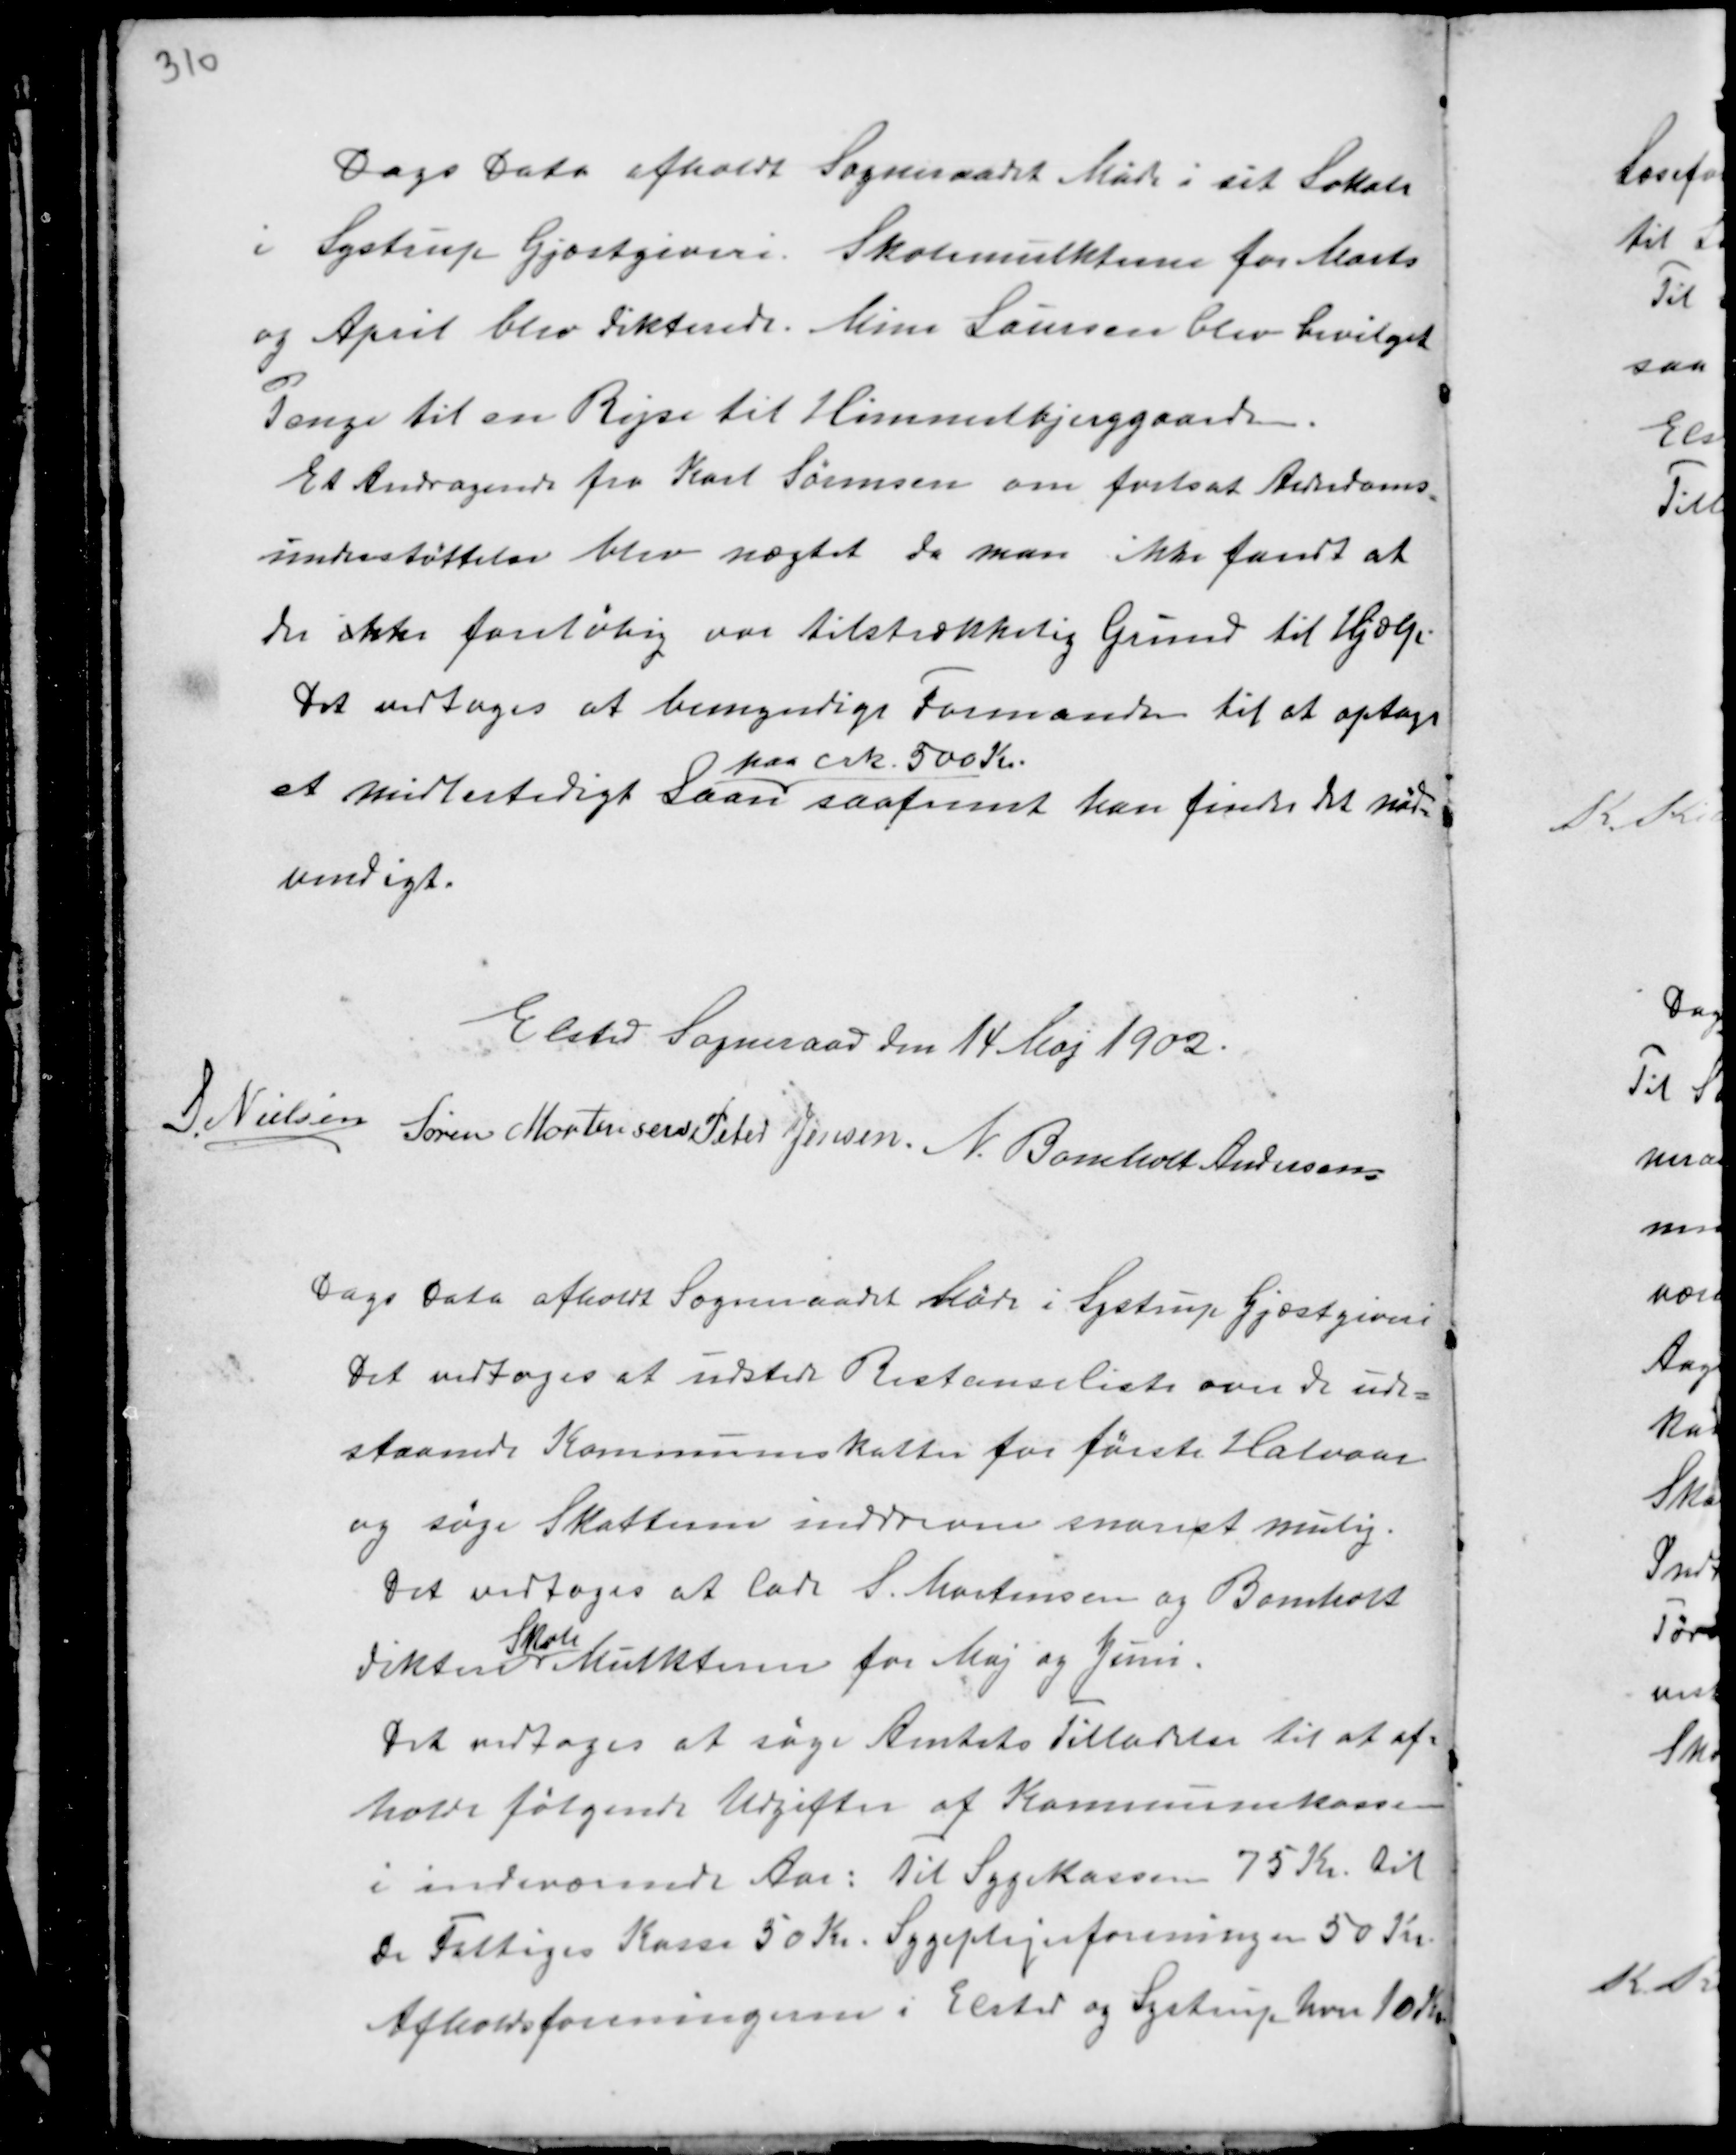
Transskription:
Dags Dato afholdt Sogneraadet Møde i sit Lokale
i Lystrup Gjæstgiveri. Skolemulkterne for Marts
og April blev dikterede. Mine Laursen blev bevilget
Penge til en Rejse til Himmelbjerggaarden.
Et Andragende fra Karl Sørensen om fortsat Alderdoms-
understøttelse blev nægtet da man ikke fandt at
der ikke foreløbig var tilstrækkelig Grund til Hjælp.
Det vedtoges at bemyndige Formanden til at optage
et midlertidig Laan
paa crk. 500 Kr.
saafremt han finder det nød-
vendigt.

Elsted Sogneraad den 14 Maj 1902.
S. Nielsen
Søren Mortensen Peter Jensen N. Bomholt Andersen

Dags Dato afholdt Sogneraadet Møde i Lystrup Gjæstgiveri
Det vedtoges at udstede Restanceliste over de ude-
staaende Kommuneskatter for første Halvaar
og søge Skatterne inddrevne snarest mulig.
Det vedtoges at lade S. Mortensen og Bomholt
diktere
Skole
Mulkterne for Maj og Juni.
Det vedtoges at søge Amtets Tilladelse til at af-
holde følgende Udgifter af Kommunekassen
i indeværende Aar: Til Sygekassen 75 Kr. til
de Fattiges Kasse 50 Kr. Sygeplejeforeningen 50 Kr.
Afholdsforeningerne i Elsted og Lystrup hver 10 Kr.